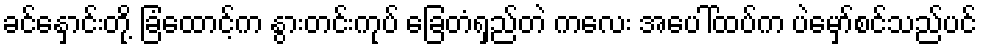
ခင်နှောင်းတို့ ခြံထောင့်က နွားတင်းကုပ် ခြေတံရှည်တဲ ကလေး အပေါ်ထပ်က ပဲမှော်စင်သည်ပင်